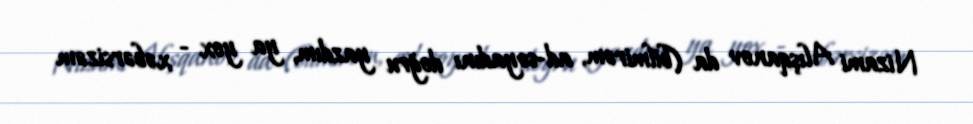
Nizami Alışqanov da (bilmirəm, ad-soyadını doğru yazdım, ya yox - xəbərsizəm